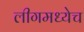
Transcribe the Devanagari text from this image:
लीगमध्येच